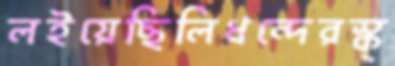
লইয়েছিলিধন্দেরস্ক্